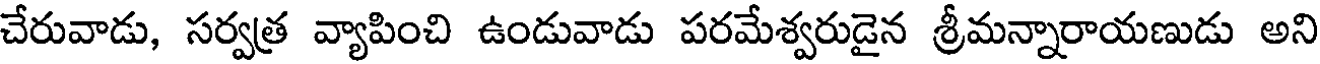
చేరువాడు, సర్వత్ర వ్యాపించి ఉండువాడు పరమేశ్వరుడైన శ్రీమన్నారాయణుడు అని